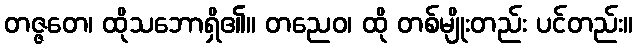
တဇ္ဇတေ၊ ထိုသဘောရှိ၏။ တညေဝ၊ ထို တစ်မျိုးတည်း ပင်တည်း။